Lunatic asylums Central Provinces reports 1895-1909 - 1895-1909
Year: 1895
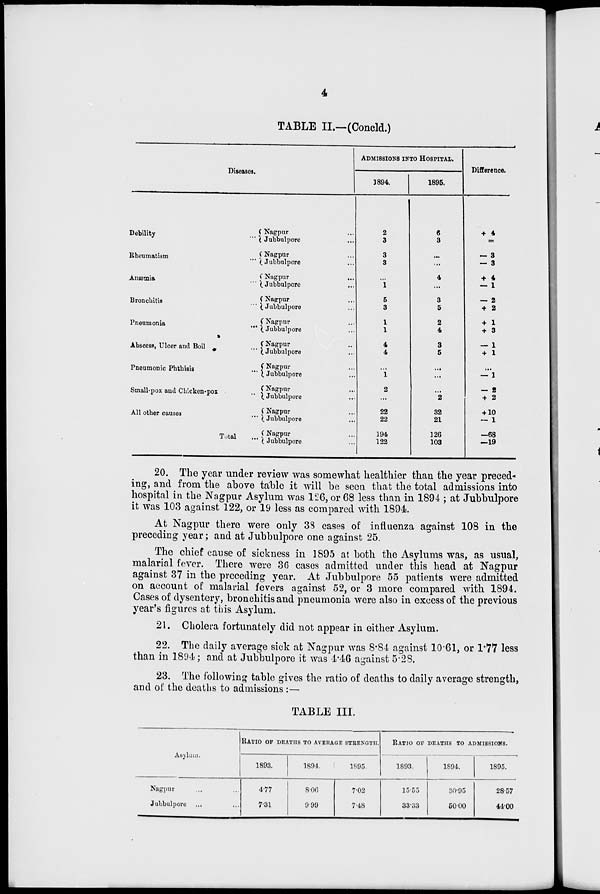
4
TABLE II.—(Concld.)
Diseases.
Debility ...
Rheumatism ...
Anæmia ...
Bronchitis ...
Pneumonia ...
Abscess, Ulcer and Boil ...
Pneumonic Phthisis ...
Small-pox and Chicken-pox ...
All other causes ...
Total ...
Nagpur ...
Jubbulpore ...
Nagpur ...
Jubbulpore ...
Nagpur ...
Jubbulpore ...
Nagpur ...
Jubbulpore ...
Nagpur ...
Jubbulpore ...
Nagpur ...
Jubbulpore ...
Nagpur ...
Jubbulpore ...
Nagpur ...
Jubbulpore ...
Nagpur ...
Jubbulpore ...
Nagpur ...
Jubbulpore ...
ADMISSIONS INTO HOSPITAL.
1894.
2
3
3
3
...
1
5
3
1
1
4
4
...
1
2
...
22
22
194
122
1895.
6
3
...
...
4
...
3
5
2
4
3
5
...
...
...
2
32
21
126
103
Difference.
+ 4
=
— 3
— 3
+ 4
— 1
— 2
+ 2
+ 1
+ 3
— 1
+ 1
...
— 1
— 2
+ 2
+ 10
— 1
—68
—19
20. The year under review was somewhat healthier than the year preced-
ing, and from the above table it will be seen that the total admissions into
hospital in the Nagpur Asylum was 126, or 68 less than in 1894 ; at Jubbulpore
it was 103 against 122, or 19 less as compared with 1894.
At Nagpur there were only 38 cases of influenza against 108 in the
preceding year; and at Jubbulpore one against 25
The chief cause of sickness in 1895 at both the Asylums was, as usual,
malarial fever. There were 36 cases admitted under this head at Nagpur
against 37 in the preceding year. At Jubbulpore 55 patients were admitted
on account of malarial fevers against 52, or 3 more compared with 1894.
Cases of dysentery, bronchitis and pneumonia were also in excess of the previous
year's figures at this Asylum.
21. Cholera fortunately did not appear in either Asylum.
22. The daily average sick at Nagpur was 8.84 against 10.61, or 1.77 less
than in 1894; and at Jubbulpore it was 4.46 against 5.28.
23. The following table gives the ratio of deaths to daily average strength,
and of the deaths to admissions :—
TABLE III.
Asylum.
Nagpur ... ...
Jubbulpore ... ...
RATIO OF DEATHS TO AVERAGE STRENGTH.
1893.
4.77
7.31
1894.
8.06
9.99
1895.
7.02
7.48
RATIO OF DEATHS TO ADMISSIONS.
1893.
15.55
33.33
1894.
30.95
50.00
1895.
28.57
44.00